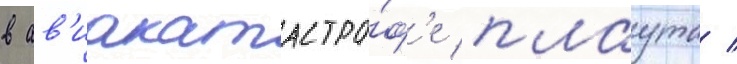
в ав'иакатастро́ф'е плаута /